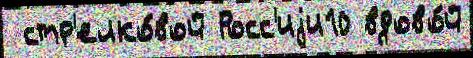
 стр'елко́вой Росс'иjи10 вдово́й